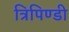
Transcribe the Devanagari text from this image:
त्रिपिण्डी